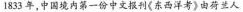
1833年，中国境内第一份中文报刊《东西洋考》由荷兰人